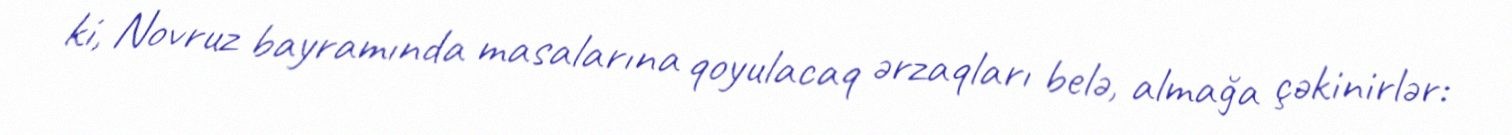
ki, Novruz bayramında masalarına qoyulacaq ərzaqları belə, almağa çəkinirlər: